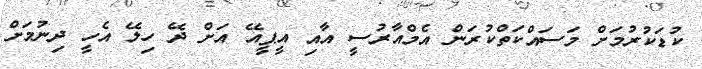
ކުޑަކުރުމަށް މަސައްކަތްކުރަން އެމްއާރުސީ އާއި އީޕީއޭ އަށް ދޭ ހިލޭ އެހީ ދިނުމަށް